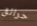
حرائق